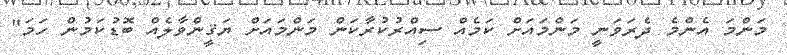
މަންމަ އެންމެ ދެރަވަނީ މަންމައަށް ކަމެއް ސިއްރުކުރާކަން މަންމައަށް ޔަޤީންވާލެއް ބޮޑުކަމުން ހަމަ"